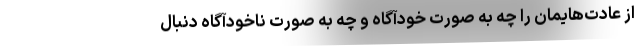
از عادت‌هایمان را چه به صورت خودآگاه و چه به صورت ناخودآگاه دنبال